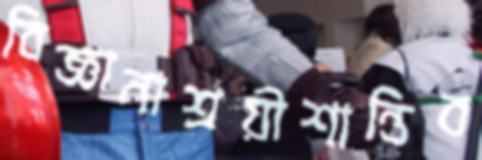
বিজ্ঞানাশ্রয়ীশান্তিব